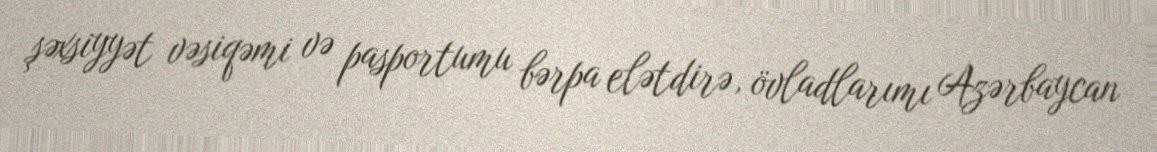
şəxsiyyət vəsiqəmi və pasportumu bərpa elətdirə, övladlarımı Azərbaycan